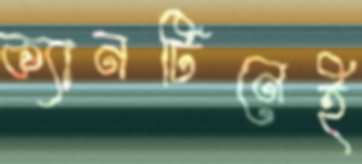
ক্যানটিনেই